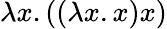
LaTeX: \lambda x.((\lambda x.x)x)